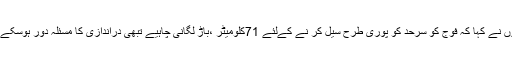
انہوں نے کہا کہ فوج کو سرحد کو پوری طرح سیل کر نے کےلئے 71کلومیٹر ،باڑ لگانی چاہیے تبھی دراندازی کا مسئلہ دور ہوسکے گا۔